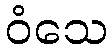
ဝံသေ